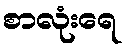
စာလုံးရေ